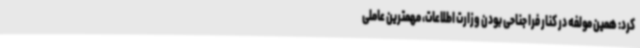
کرد: همین مولفه در کنار فرا جناحی بودن وزارت اطلاعات، مهمترین عاملی